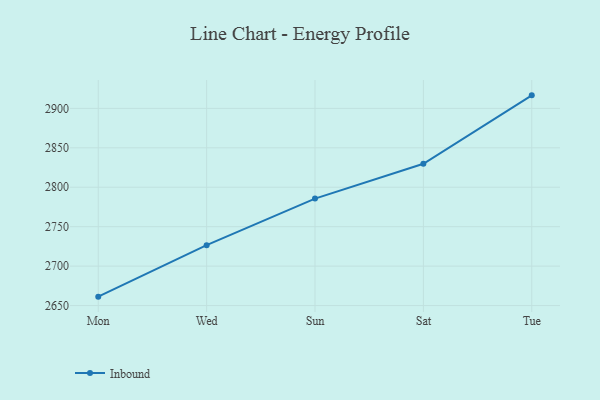
{"axis": {"x": "Day", "y": "Waste Production (Tons)"}, "legend": ["Inbound"], "data": [{"x": "Mon", "y": 2661.3, "type": "Inbound"}, {"x": "Wed", "y": 2726.6, "type": "Inbound"}, {"x": "Sun", "y": 2785.6, "type": "Inbound"}, {"x": "Sat", "y": 2829.8, "type": "Inbound"}, {"x": "Tue", "y": 2916.5, "type": "Inbound"}]}